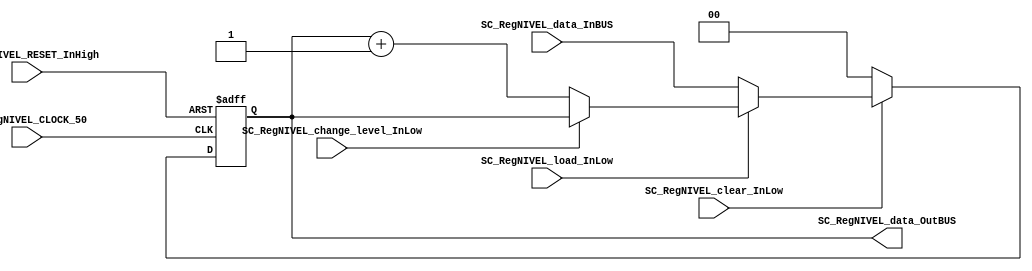
/*######################################################################
//#	G0B1T: HDL EXAMPLES. 2018.
//######################################################################
//# Copyright (C) 2018. F.E.Segura-Quijano (FES) fsegura@uniandes.edu.co
//# 
//# This program is free software: you can redistribute it and/or modify
//# it under the terms of the GNU General Public License as published by
//# the Free Software Foundation, version 3 of the License.
//#
//# This program is distributed in the hope that it will be useful,
//# but WITHOUT ANY WARRANTY; without even the implied warranty of
//# MERCHANTABILITY or FITNESS FOR A PARTICULAR PURPOSE.  See the
//# GNU General Public License for more details.
//#
//# You should have received a copy of the GNU General Public License
//# along with this program.  If not, see <http://www.gnu.org/licenses/>
//####################################################################*/
//=======================================================
//  MODULE Definition
//=======================================================
module SC_REG_GENERAL_NIVEL #(parameter RegNIVEL_DATAWIDTH=2, parameter DATA_FIXED_INITREG=2'b00)(
	//////////// OUTPUTS //////////
	SC_RegNIVEL_data_OutBUS,
	//////////// INPUTS //////////
	SC_RegNIVEL_CLOCK_50,
	SC_RegNIVEL_RESET_InHigh,
	SC_RegNIVEL_clear_InLow, 
	SC_RegNIVEL_load_InLow, 
	SC_RegNIVEL_data_InBUS,
	SC_RegNIVEL_change_level_InLow
);
//=======================================================
//  PARAMETER declarations
//=======================================================

//=======================================================
//  PORT declarations
//=======================================================
output		[RegNIVEL_DATAWIDTH-1:0]	SC_RegNIVEL_data_OutBUS;
input		SC_RegNIVEL_CLOCK_50;
input		SC_RegNIVEL_RESET_InHigh;
input		SC_RegNIVEL_clear_InLow;
input		SC_RegNIVEL_load_InLow;	
input		SC_RegNIVEL_change_level_InLow;	
input		[RegNIVEL_DATAWIDTH-1:0]	SC_RegNIVEL_data_InBUS;

//=======================================================
//  REG/WIRE declarations
//=======================================================
reg [RegNIVEL_DATAWIDTH-1:0] RegNIVEL_Register;
reg [RegNIVEL_DATAWIDTH-1:0] RegNIVEL_Signal;
//=======================================================
//  Structural coding
//=======================================================
//INPUT LOGIC: COMBINATIONAL
always @(*)
begin
	if (SC_RegNIVEL_clear_InLow == 1'b0)
		RegNIVEL_Signal = DATA_FIXED_INITREG;
	else if (SC_RegNIVEL_load_InLow == 1'b0)
		RegNIVEL_Signal = SC_RegNIVEL_data_InBUS;
		
	else if (SC_RegNIVEL_change_level_InLow == 1'b0)
		RegNIVEL_Signal = RegNIVEL_Register + 2'b01;
	
	else
		RegNIVEL_Signal = RegNIVEL_Register;
	end	
//STATE REGISTER: SEQUENTIAL
always @(posedge SC_RegNIVEL_CLOCK_50, posedge SC_RegNIVEL_RESET_InHigh)
begin
	if (SC_RegNIVEL_RESET_InHigh == 1'b1)
		RegNIVEL_Register <= 0;
	else
		RegNIVEL_Register <= RegNIVEL_Signal;
end
//=======================================================
//  Outputs
//=======================================================
//OUTPUT LOGIC: COMBINATIONAL
assign SC_RegNIVEL_data_OutBUS = RegNIVEL_Register;

endmodule